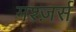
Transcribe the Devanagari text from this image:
मश्ज़र्स